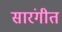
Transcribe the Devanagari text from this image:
सारंगीत